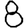
Digit: 8